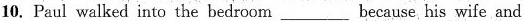
10. Paul walked into the bedroom ___ because his wife and